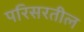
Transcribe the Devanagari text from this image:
परिसरतील